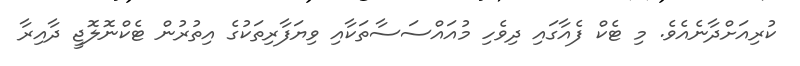
ކުރިއަށްދާނެއެވެ. މި ޓެކް ފެއާގައި ދިވެހި މުއައްސަސާތަކާއި ވިޔަފާރިތަކުގެ އިތުރުން ޓެކްނޮލޮޖީ ދާއިރާ